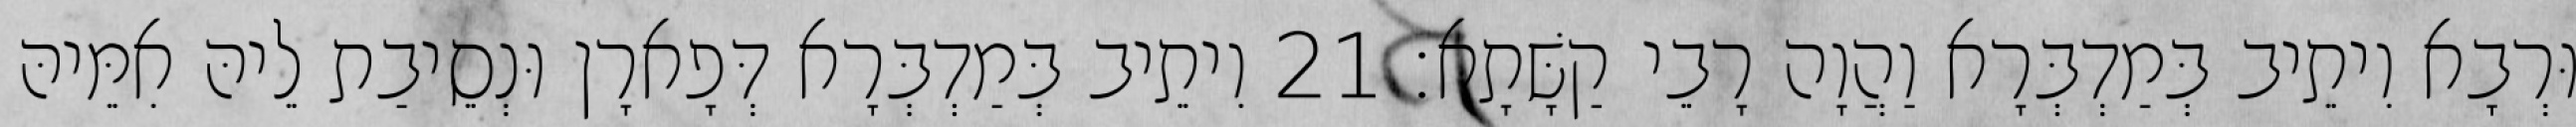
וּרְבָא וִיתֵיב בְּמַדְבְּרָא וַהֲוָה רָבֵי קַשָּׁתָא׃ 21 וִיתֵיב בְּמַדְבְּרָא דְּפָארָן וּנְסֵיבַת לֵיהּ אִמֵּיהּ